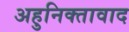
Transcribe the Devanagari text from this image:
अहुनिक्तावाद